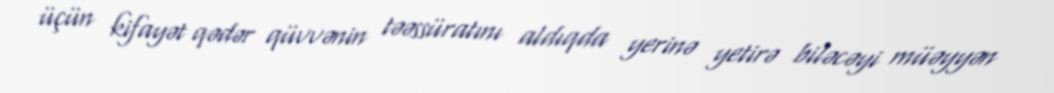
üçün kifayət qədər qüvvənin təəssüratını aldıqda yerinə yetirə biləcəyi müəyyən